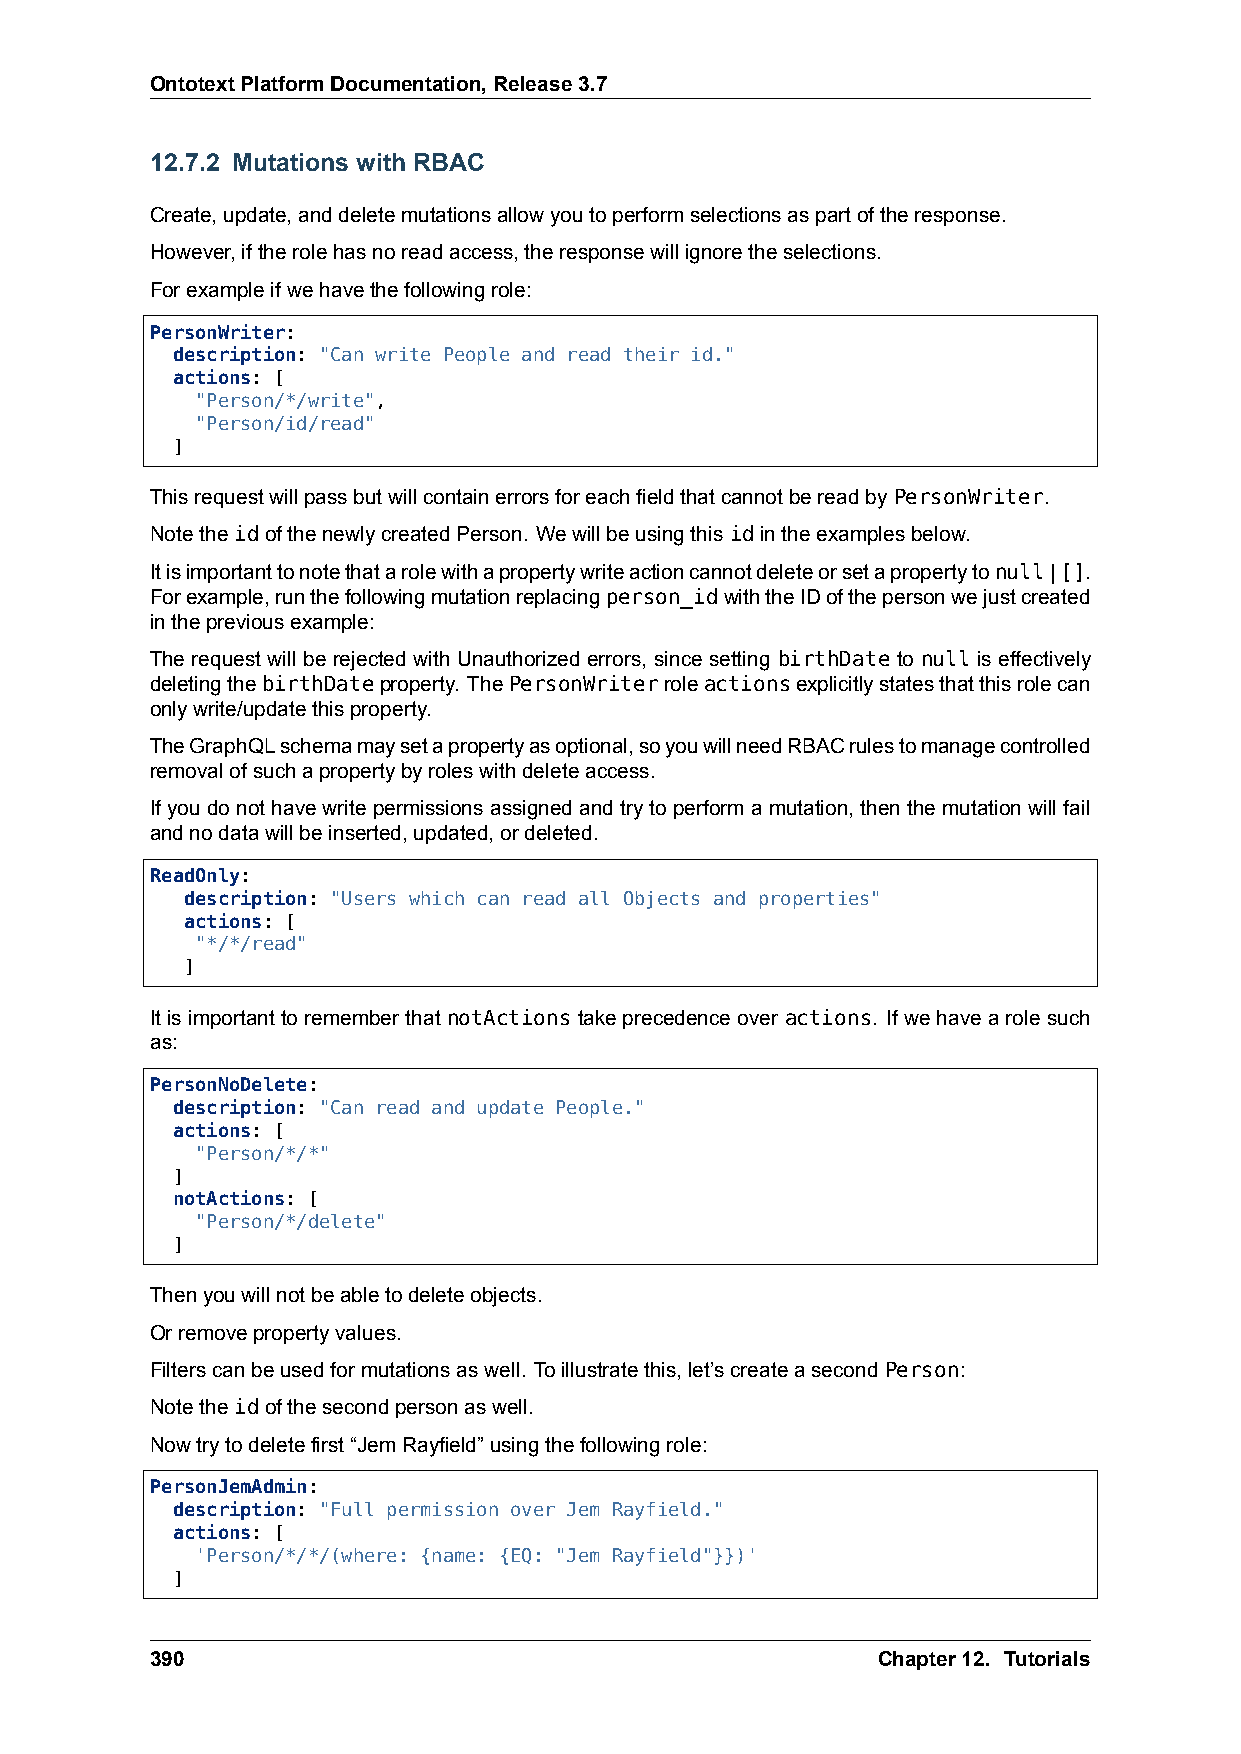
OntotextPlatformDocumentation,Release3.7
 12.7.2 Mutations with RBAC
 Create,update,anddeletemutationsallowyoutoperformselectionsaspartoftheresponse.
 However,iftherolehasnoreadaccess,theresponsewillignoretheselections.
 Forexampleifwehavethefollowingrole:
 PersonWriter:
 description: "Can write People and read their id."
 actions: [
 "Person/*/write",
 "Person/id/read"
 ]
 ThisrequestwillpassbutwillcontainerrorsforeachfieldthatcannotbereadbyPersonWriter.
 NotetheidofthenewlycreatedPerson. Wewillbeusingthisidintheexamplesbelow.
 Itisimportanttonotethatarolewithapropertywriteactioncannotdeleteorsetapropertytonull|[].
 Forexample,runthefollowingmutationreplacingperson_idwiththeIDofthepersonwejustcreated
 inthepreviousexample:
 The request will be rejected with Unauthorized errors, since setting birthDate to null is effectively
 deletingthebirthDateproperty. ThePersonWriterroleactionsexplicitlystatesthatthisrolecan
 onlywrite/updatethisproperty.
 TheGraphQLschemamaysetapropertyasoptional,soyouwillneedRBACrulestomanagecontrolled
 removalofsuchapropertybyroleswithdeleteaccess.
 Ifyou do not have write permissions assigned and try to perform a mutation, then the mutation will fail
 andnodatawillbeinserted,updated,ordeleted.
 ReadOnly:
 description: "Users which can read all Objects and properties"
 actions: [
 "*/*/read"
 ]
 ItisimportanttorememberthatnotActionstakeprecedenceover actions. Ifwehavearolesuch
 as:
 PersonNoDelete:
 description: "Can read and update People."
 actions: [
 "Person/*/*"
 ]
 notActions: [
 "Person/*/delete"
 ]
 Thenyouwillnotbeabletodeleteobjects.
 Orremovepropertyvalues.
 Filterscanbeusedformutationsaswell. Toillustratethis,let’screateasecondPerson:
 Notetheidofthesecondpersonaswell.
 Nowtrytodeletefirst“JemRayfield”usingthefollowingrole:
 PersonJemAdmin:
 description: "Full permission over Jem Rayfield."
 actions: [
 'Person/*/*/(where: {name: {EQ: "Jem Rayfield"}})'
 ]
 390                                             Chapter12. Tutorials